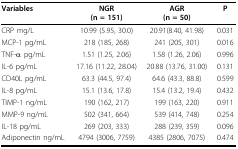
<table><thead><tr><td><b>Variables</b></td><td><b>NGR(n = 151)</b></td><td><b>AGR(n = 50)</b></td><td><b>P</b></td></tr></thead><tbody><tr><td>CRP mg/L</td><td>10.99 (5.95, 30.0)</td><td>20.91(8.40, 41.98)</td><td>0.031</td></tr><tr><td>MCP-1 pg/mL</td><td>218 (185, 268)</td><td>241 (205, 301)</td><td>0.016</td></tr><tr><td>TNF-α pg/mL</td><td>1.51 (1.25, 2.06)</td><td>1.58 (1.26, 2.06)</td><td>0.996</td></tr><tr><td>IL-6 pg/mL</td><td>17.16 (11.22, 28.04)</td><td>20.88 (13.76, 31.00)</td><td>0.131</td></tr><tr><td>CD40L pg/mL</td><td>63.3 (44.5, 97.4)</td><td>64.6 (43.3, 88.8)</td><td>0.599</td></tr><tr><td>IL-8 pg/mL</td><td>15.1 (13.6, 17.8)</td><td>15.4 (13.2, 19.4)</td><td>0.432</td></tr><tr><td>TIMP-1 ng/mL</td><td>190 (162, 217)</td><td>199 (163, 220)</td><td>0.911</td></tr><tr><td>MMP-9 ng/mL</td><td>502 (341, 664)</td><td>539 (414, 748)</td><td>0.254</td></tr><tr><td>IL-18 pg/mL</td><td>269 (203, 333)</td><td>288 (239, 359)</td><td>0.096</td></tr><tr><td>Adiponectin ng/mL</td><td>4794 (3006, 7759)</td><td>4385 (2806, 7075)</td><td>0.474</td></tr></tbody></table>